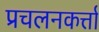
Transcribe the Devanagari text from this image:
प्रचलनकर्त्ता